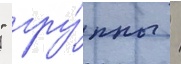
" гру́ппы